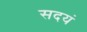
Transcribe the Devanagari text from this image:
सदयं